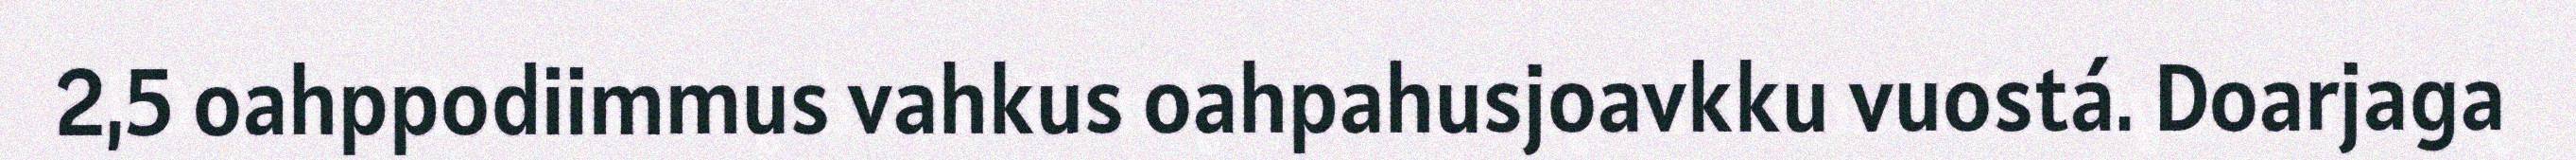
2,5 oahppodiimmus vahkus oahpahusjoavkku vuostá. Doarjaga